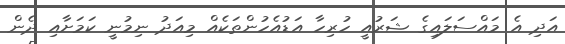
އަދި އެ މައްސަލައިގެ ޝަރުއީ ހުރިހާ އަޑުއެހުންތަކެއް މިއަދު ނިމުނީ ކަމަށާއި ދެން